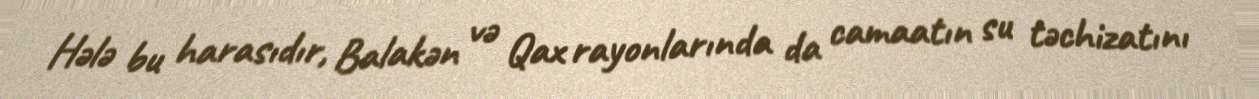
Hələ bu harasıdır, Balakən və Qax rayonlarında da camaatın su təchizatını